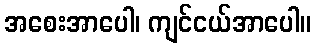
အစေးအာပေါ၊ ကျင်ငယ်အာပေါ။